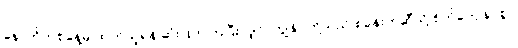
နောက်တစ်နေ့မှ ထုတ်ယူရန် ဆုံးဖြတ်ကြပြီးလျှင်၊ ကျွန်ုပ်တို့သည် စခန်းတဲဆီသို့ စိတ်ကျေနပ်စွာ